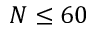
N \leq 6 0